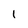
Character: l